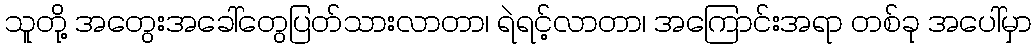
သူတို့ အတွေးအခေါ်တွေပြတ်သားလာတာ၊ ရဲရင့်လာတာ၊ အကြောင်းအရာ တစ်ခု အပေါ်မှာ